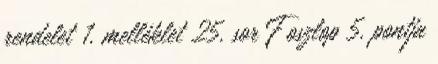
rendelet 1. melléklet 25. sor F oszlop 5. pontja